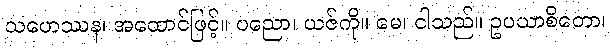
သဟေဿန၊ အထောင်ဖြင့်။ ပညော၊ ယဇ်ကို။ မေ၊ ငါသည်။ ဥပယာစိတော၊